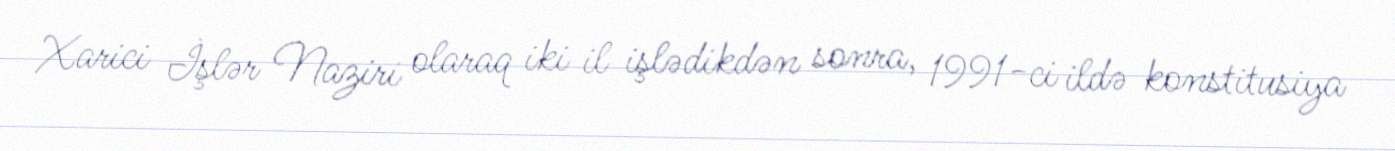
Xarici İşlər Naziri olaraq iki il işlədikdən sonra, 1991-ci ildə konstitusiya